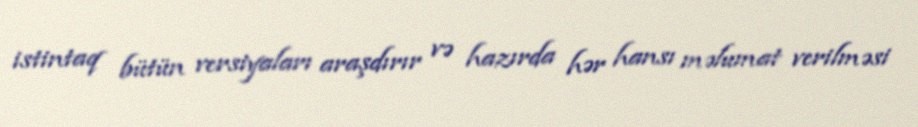
istintaq bütün versiyaları araşdırır və hazırda hər hansı məlumat verilməsi